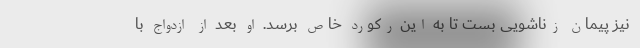
نیز پیمان زناشویی بست تا به این رکورد خاص برسد. او بعد از ازدواج با